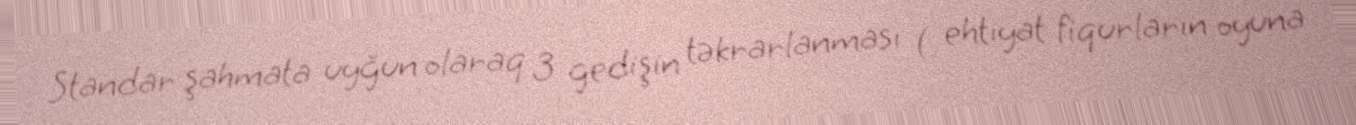
Standar şahmata uyğun olaraq 3 gedişin təkrarlanması ( ehtiyat fiqurların oyuna